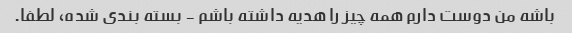
باشه من دوست دارم همه چیز را هدیه داشته باشم - بسته بندی شده، لطفا.